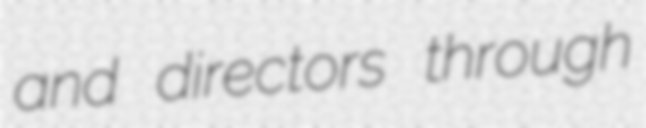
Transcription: and directors through